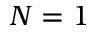
N = 1